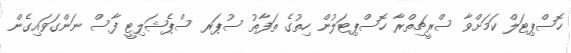
ހޮސްޕިޓަލް ކަމަށްވާ ސްރީޗިތްރާ ހޮސްޕިޓަލުން ހިތުގެ ތަފާތު ސުޕަރ ސްޕެޝަލިޓީ ފާސް ނަންގަވައިގެން